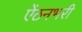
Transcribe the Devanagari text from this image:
ऐंठनभरी